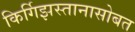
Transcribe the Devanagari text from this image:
किर्गिझस्तानासोबत